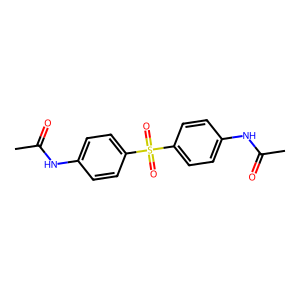
SMILES: CC(=O)Nc1ccc(S(=O)(=O)c2ccc(NC(C)=O)cc2)cc1
Inhibits HIV replication: No